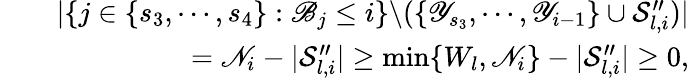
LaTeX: \begin{array}{rlr}&{}&{|\{ j\in\{ s_{3},\cdots,s_{4}\} :\mathscr{B}_{j}\leq i\} \backslash(\{ \mathscr{Y}_{s_{3}},\cdots,\mathscr{Y}_{i-1}\} \cup\mathcal{S}_{l,i}^{\prime\prime})|}\\ &{}&{=\mathscr{N}_{i}-|\mathcal{S}_{l,i}^{\prime\prime}|\geq\operatorname*{min}\{ W_{l},\mathscr{N}_{i}\} -|\mathcal{S}_{l,i}^{\prime\prime}|\geq 0,}\end{array}